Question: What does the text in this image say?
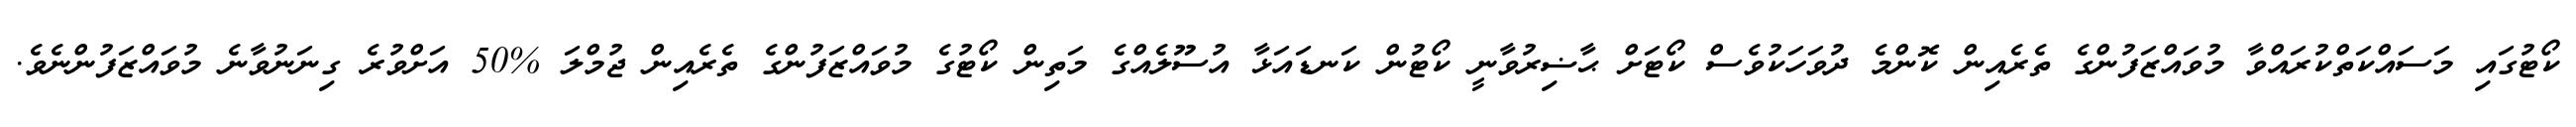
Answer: ކޯޓުގައި މަސައްކަތްކުރައްވާ މުވައްޒަފުންގެ ތެރެއިން ކޮންމެ ދުވަހަކުވެސް ކޯޓަށް ޙާޟިރުވާނީ ކޯޓުން ކަނޑައަޅާ އުސޫލެއްގެ މަތިން ކޯޓުގެ މުވައްޒަފުންގެ ތެރެއިން ޖުމްލަ %50 އަށްވުރެ ގިނަނުވާނެ މުވައްޒަފުންނެވެ.